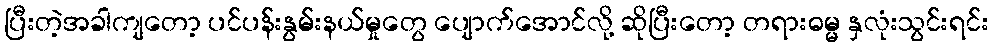
ပြီးတဲ့အခါကျတော့ ပင်ပန်းနွမ်းနယ်မှုတွေ ပျောက်အောင်လို့ ဆိုပြီးတော့ တရားဓမ္မ နှလုံးသွင်းရင်း